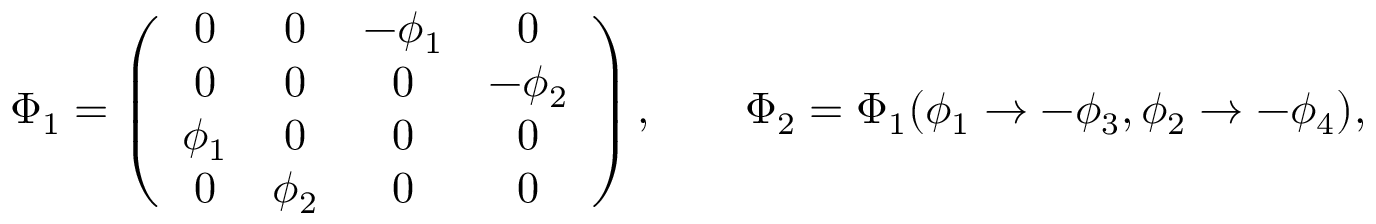
\Phi _ { 1 } = \left( \begin{array} { c c c c } { { 0 } } & { { 0 } } & { { - \phi _ { 1 } } } & { { 0 } } \\ { { 0 } } & { { 0 } } & { { 0 } } & { { - \phi _ { 2 } } } \\ { { \phi _ { 1 } } } & { { 0 } } & { { 0 } } & { { 0 } } \\ { { 0 } } & { { \phi _ { 2 } } } & { { 0 } } & { { 0 } } \end{array} \right) , \qquad \Phi _ { 2 } = \Phi _ { 1 } ( \phi _ { 1 } \to - \phi _ { 3 } , \phi _ { 2 } \to - \phi _ { 4 } ) ,